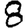
Digit: 8